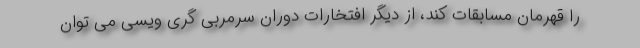
را قهرمان مسابقات کند، از دیگر افتخارات دوران سرمربی گری ویسی می توان